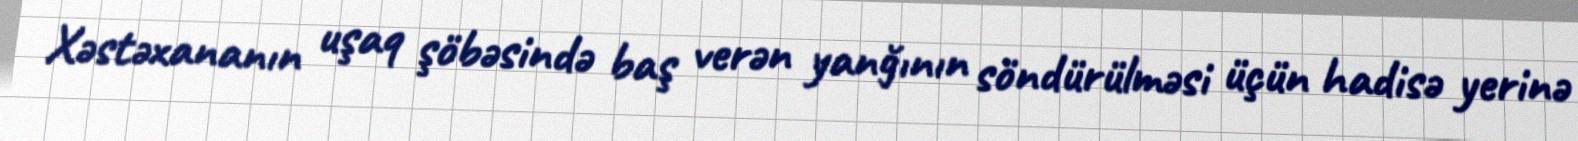
Xəstəxananın uşaq şöbəsində baş verən yanğının söndürülməsi üçün hadisə yerinə